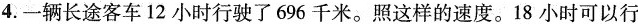
4.一辆长途客车12小时行驶了696千米。照这样的速度。18小时可以行